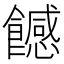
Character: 𩞿